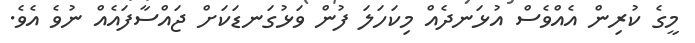
މީގެ ކުރިން އެއްވެސް އުޅަނދެއް މިކަހަލަ ފުން ވަޅުގަނޑަކަށް ޖައްސާފައެއް ނުވެ އެވެ.